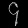
Digit: ၄